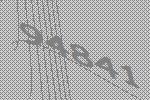
94841